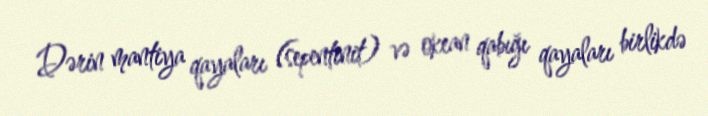
Dərin mantiya qayaları (sepentinit) və okean qabığı qayaları birlikdə